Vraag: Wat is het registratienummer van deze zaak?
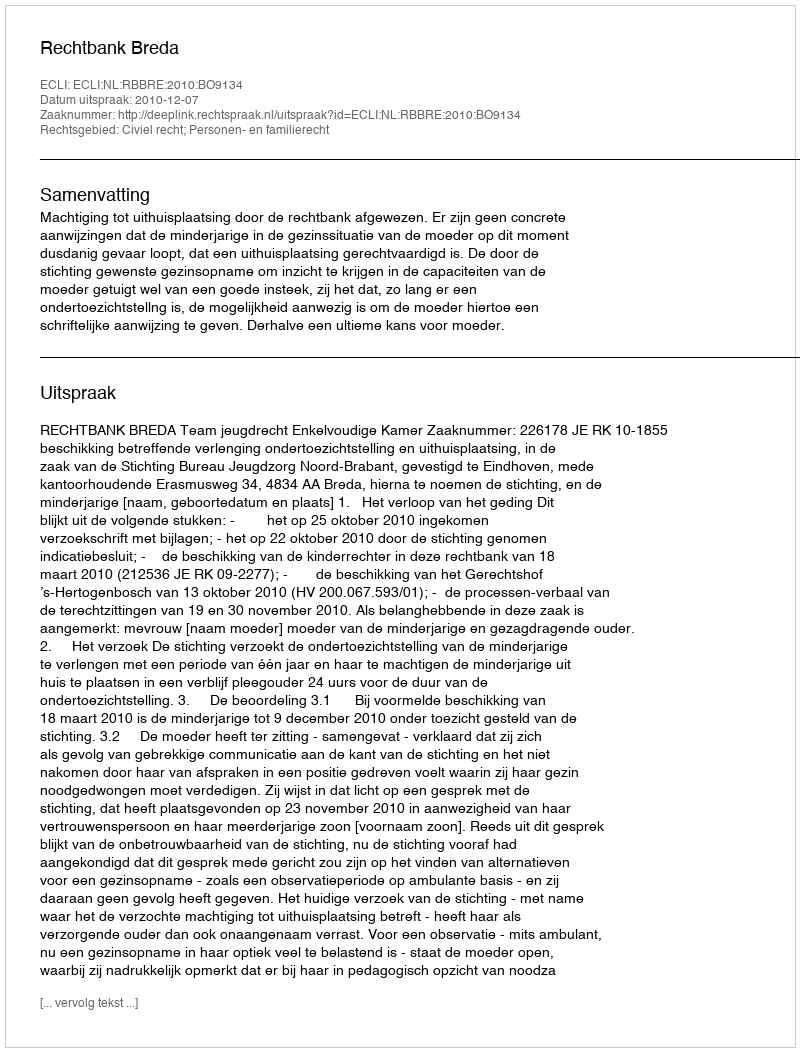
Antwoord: http://deeplink.rechtspraak.nl/uitspraak?id=ECLI:NL:RBBRE:2010:BO9134